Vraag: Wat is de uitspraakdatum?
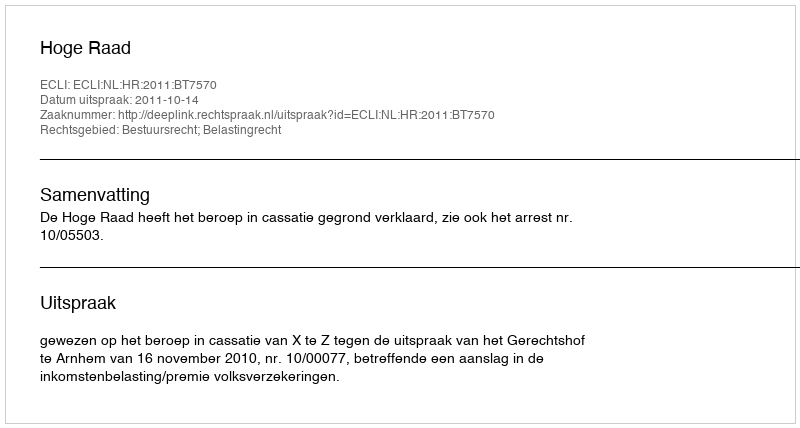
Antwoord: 2011-10-14